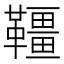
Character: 韁